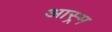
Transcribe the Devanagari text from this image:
आस्र्म